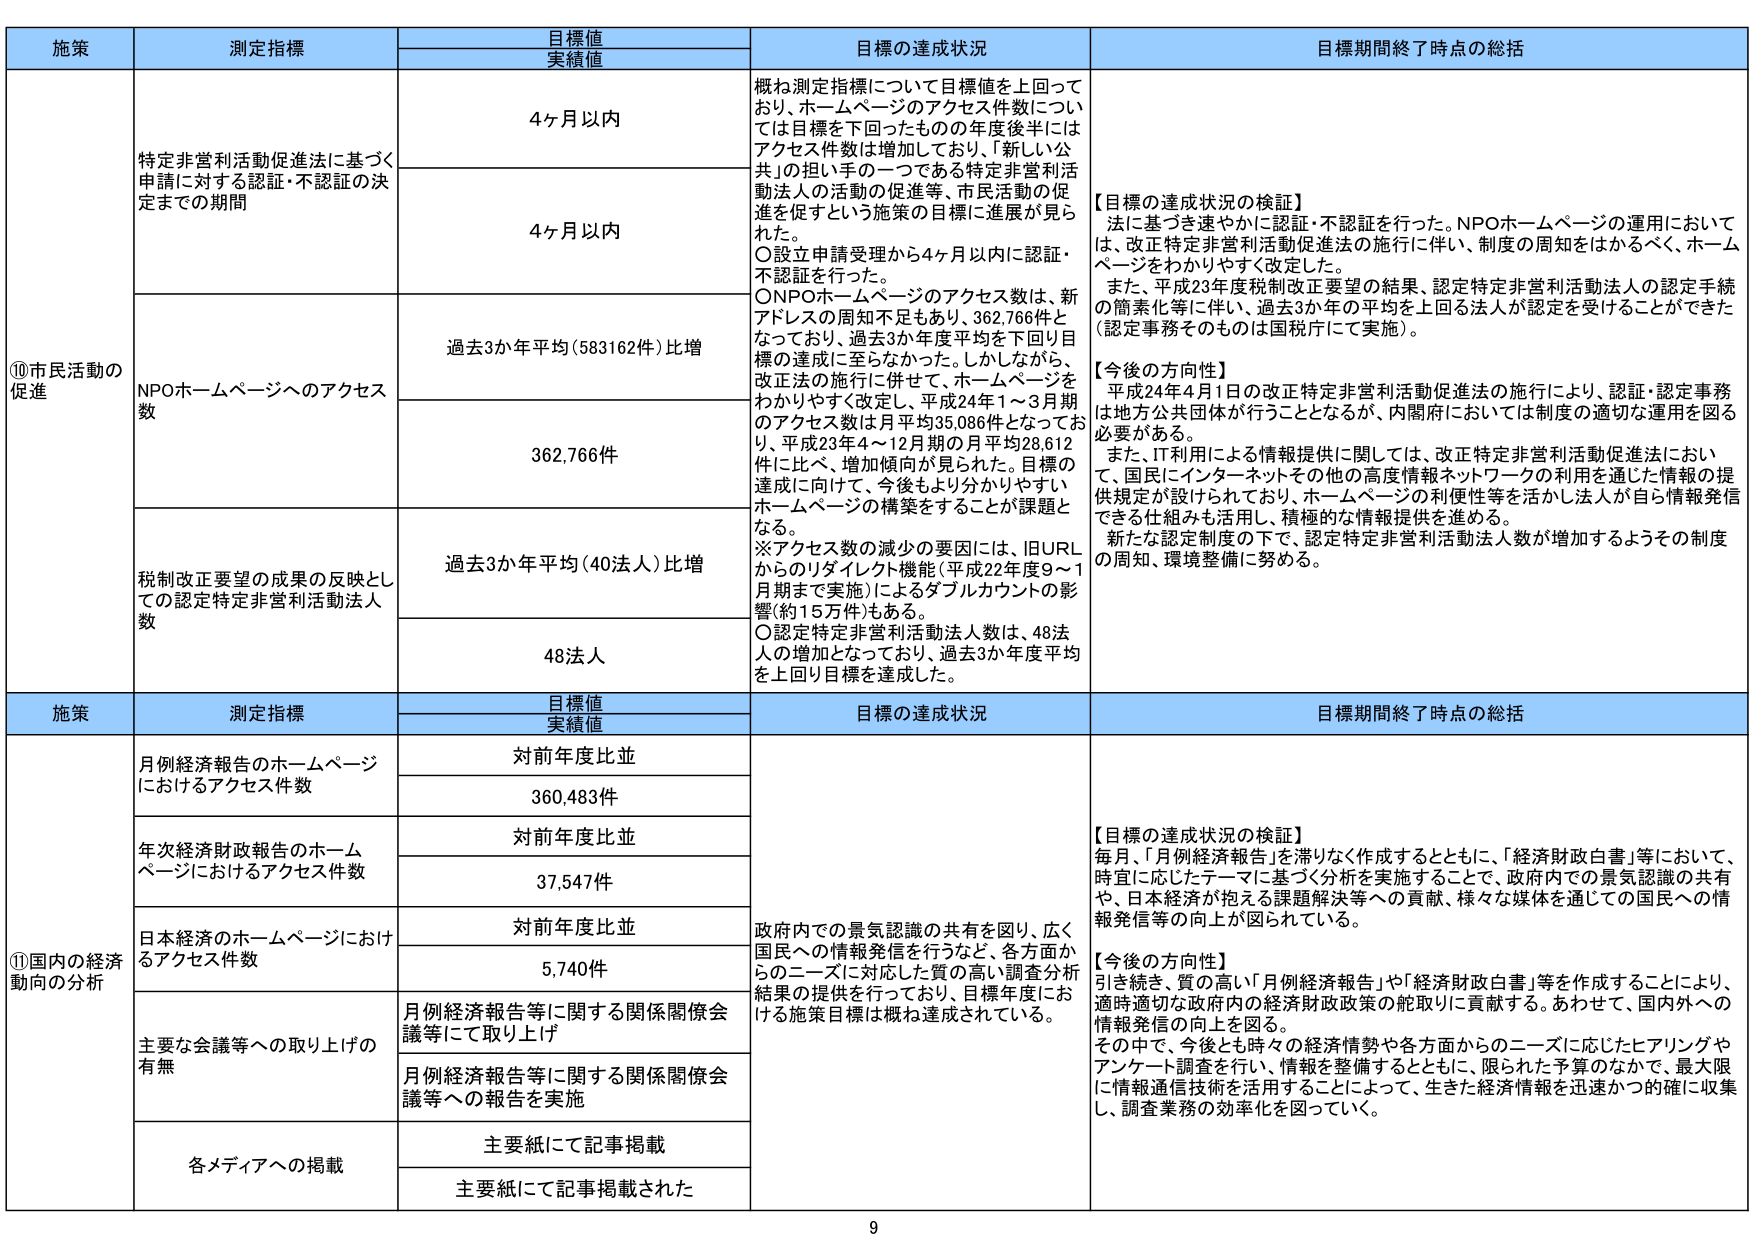
施策 測定指標 目標値 実績値 目標の達成状況 目標期間終了時点の総括 ⑩市民活動の促進 特定非営利活動促進法に基づく申請に対する認証・不認証の決定までの期間 4ヶ月以内 概ね測定指標について目標値を上回っており、ホームページのアクセス件数については目標を下回ったものの年度後半にはアクセス件数は増加しており、「新しい公共」の担い手の一つである特定非営利活動法人の活動の促進等、市民活動の促進を促すという施策の目標に進展が見られた。 ○設立申請受理から4ヶ月以内に認証・不認証を行った。 ONPOホームページのアクセス数は、新アドレスの周知不足もあり、362,766件となっており、過去3か年度平均を下回り目標の達成に至らなかった。しかしながら、改正法の施行に併せて、ホームページをわかりやすく改定し、平成24年1～3月期のアクセス数は月平均35,086件となっており、平成23年4～12月期の月平均28,612件に比べ、増加傾向が見られた。目標の達成に向けて、今後もより分かりやすいホームページの構築をすることが課題となる。 ※アクセス数の減少の要因には、旧URLからのリダイレクト機能（平成22年度9～1月期まで実施）によるダブルカウントの影響（約15万件）もある。 ○認定特定非営利活動法人数は、48法人の増加となっており、過去3か年度平均を上回り目標を達成した。 【目標の達成状況の検証】 法に基づき速やかに認証・不認証を行った。NPOホームページの運用においては、改正特定非営利活動促進法の施行に伴い、制度の周知をはかるべく、ホームページをわかりやすく改定した。 また、平成23年度税制改正要望の結果、認定特定非営利活動法人の認定手続の簡素化等に伴い、過去3か年の平均を上回る法人が認定を受けることができた（認定事務そのものは国税庁にて実施）。 【今後の方向性】 平成24年4月1日の改正特定非営利活動促進法の施行により、認証・認定事務は地方公共団体が行うこととなるが、内閣府においては制度の適切な運用を図る必要がある。 また、IT利用による情報提供に関しては、改正特定非営利活動促進法において、国民にインターネットその他の高度情報ネットワークの利用を通じた情報の提供規定が設けられており、ホームページの利便性等を活かし法人が自ら情報発信できる仕組みも活用し、積極的な情報提供を進める。 新たな認定制度の下で、認定特定非営利活動法人数が増加するようその制度の周知、環境整備に努める。 4ヶ月以内 NPOホームページへのアクセス数 過去3か年平均（583162件）比増 362,766件 税制改正要望の成果の反映としての認定特定非営利活動法人数 過去3か年平均（40法人）比増 48法人 施策 測定指標 目標値 実績値 目標の達成状況 目標期間終了時点の総括 ⑪国内の経済動向の分析 月例経済報告のホームページにおけるアクセス件数 対前年度比並 360,483件 政府内での景気認識の共有を図り、広く国民への情報発信を行うなど、各方面からのニーズに対応した質の高い調査分析結果の提供を行っており、目標年度における施策目標は概ね達成されている。 【目標の達成状況の検証】 毎月、「月例経済報告」を滞りなく作成するとともに、「経済財政白書」等において、時宜に応じたテーマに基づく分析を実施することで、政府内での景気認識の共有や、日本経済が抱える課題解決等への貢献、様々な媒体を通じての国民への情報発信の向上が図られている。 【今後の方向性】 引き続き、質の高い「月例経済報告」や「経済財政白書」等を作成することにより、適時適切な政府内の経済財政政策の舵取りに貢献する。あわせて、国内外への情報発信の向上を図る。 その中で、今後とも時々の経済情勢や各方面からのニーズに応じたヒアリングやアンケート調査を行い、情報を整備するとともに、限られた予算のなかで、最大限に情報通信技術を活用することによって、生きた経済情報を迅速かつ的確に収集し、調査業務の効率化を図っていく。 年次経済財政報告のホームページにおけるアクセス件数 対前年度比並 37,547件 日本経済のホームページにおけるアクセス件数 対前年度比並 5,740件 主要な会議等への取り上げの有無 月例経済報告等に関する関係閣僚会議等にて取り上げ 月例経済報告等に関する関係閣僚会議等への報告を実施 各メディアへの掲載 主要紙にて記事掲載 主要紙にて記事掲載された 9